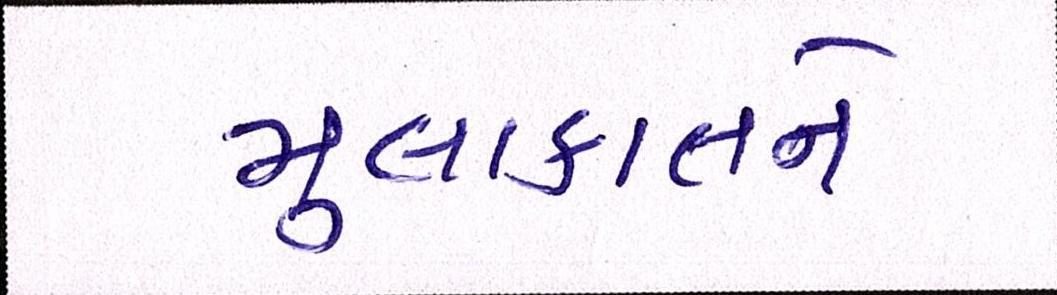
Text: મુલાકાતને